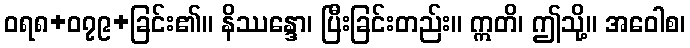
ဝရ၈+၀၇၉+ခြင်း၏။ နိဿန္ဒော၊ ပြီးခြင်းတည်း။ ဣတိ၊ ဤသို့။ အဝေါစ၊